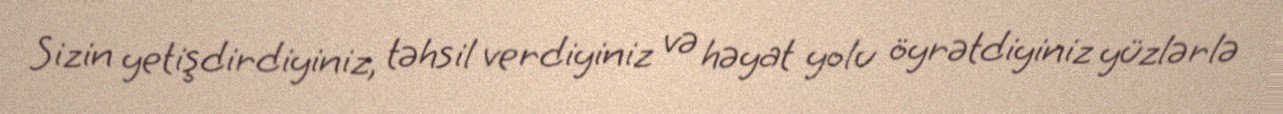
Sizin yetişdirdiyiniz, təhsil verdiyiniz və həyat yolu öyrətdiyiniz yüzlərlə